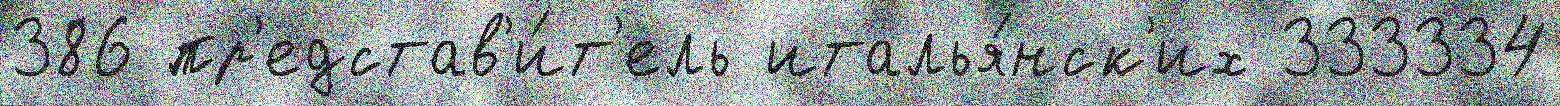
386 пр'едстав'и́т'ель италья́нск'их 333334